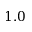
1 . 0